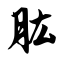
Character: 肱